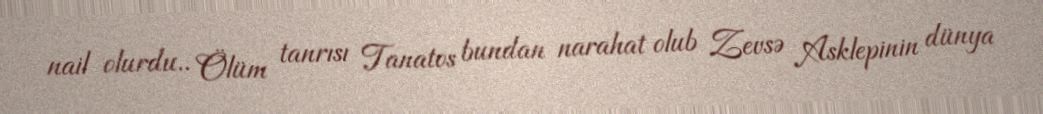
nail olurdu.. Ölüm tanrısı Tanatos bundan narahat olub Zevsə Asklepinin dünya